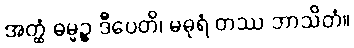
အတ္ထံ ဓမ္မဉ္စ ဒီပေတိ၊ မဓုရံ တဿ ဘာသိတံ။